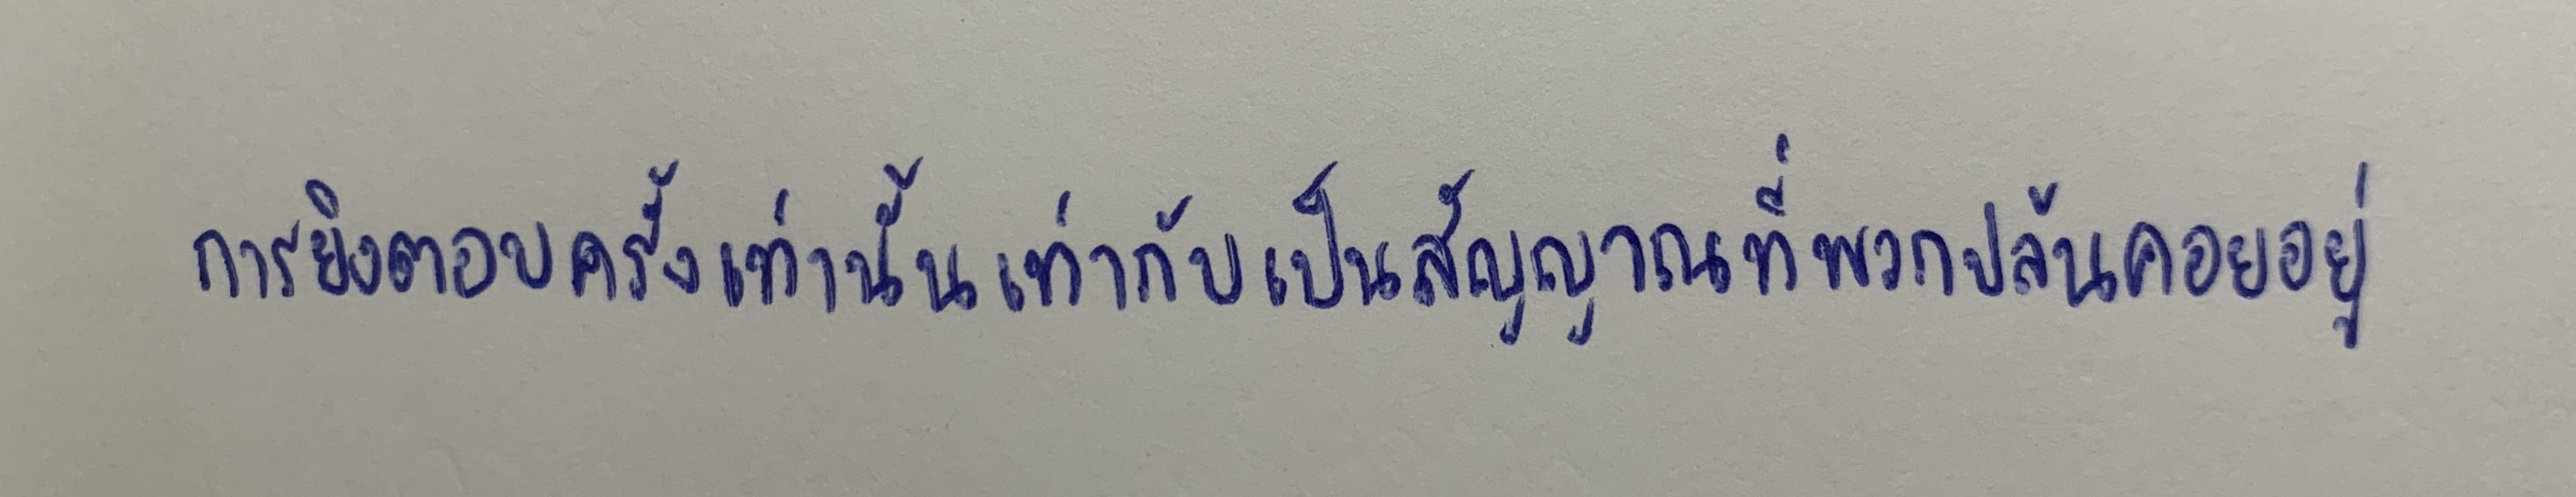
การยิงตอบครั้งเท่านั้นเท่ากับเป็นสัญญาณที่พวกปล้นคอยอยู่